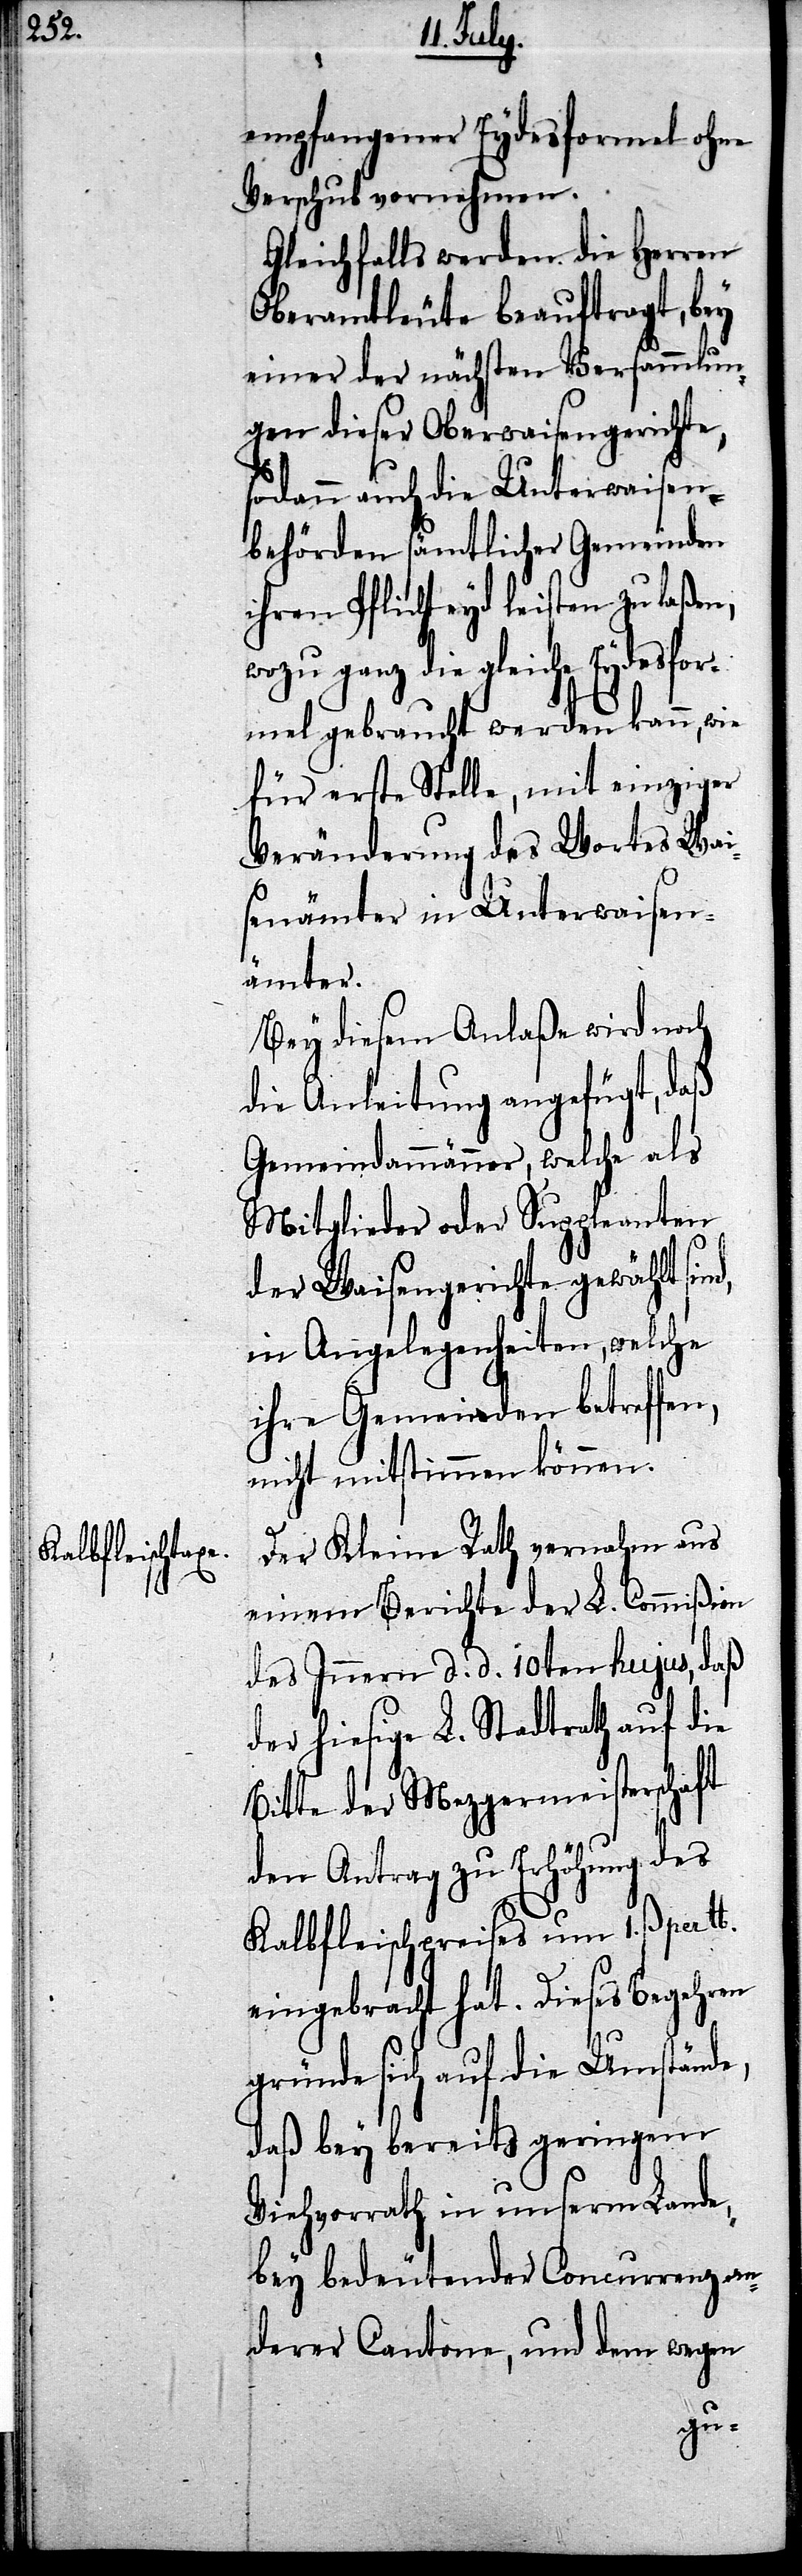
empfangener Eydsformel ohne
Verschub vornehmen.
Gleichfalls werden die Herren
Oberamtleute beauftragt, bey
einer der nächsten Versammlun¬
gen dieser Oberwaisengerichte,
sodann auch die Unterwaisen¬
behörden sämtlicher Gemeinden
ihren Pflichteyd leisten zu laßen,
wozu ganz die gleiche Eydesfor¬
mel gebraucht werden kann, wie
für erste Stelle, mit einziger
Veränderung des Wortes Wai¬
senämter in Unterwaisen¬
ämter.
Bey diesem Anlaße wird noch
die Anleitung angefügt, daß
Gemeindammänner, welche als
Mitglieder oder Suppleanten
der Waisengerichte gewählt
in Angelegenheiten, welche
ihre Gemeinden betreffen,
nicht mitstimmen können.
Der Kleine Rath vernahm aus
einem Berichte der L. Commißion
des Innern d. d. 10ten hujus, daß
der hiesige L. Stadtrath auf die
Bitte der Mezgermeisterschaft
den Antrag zu Erhöhung des
Kalbfleischpreises um 1. ß. pr.
eingebracht hat. Dieses Begehren
gründe sich auf die Umstände,
daß bey bereits geringem
Vievorrath in unserm Lande,
bey bedeutender Concurrenz an¬
derer Cantone, und dem wegen